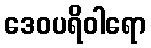
ဒေဝပရိဝါရော